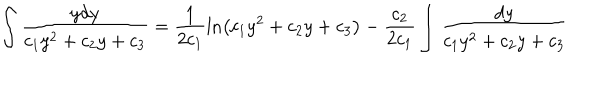
\int \frac { y d y } { c _ { 1 } y ^ { 2 } + c _ { 2 } y + c _ { 3 } } = \frac { 1 } { 2 c _ { 1 } } \ln \bigl ( c _ { 1 } y ^ { 2 } + c _ { 2 } y + c _ { 3 } \bigr ) - \frac { c _ { 2 } } { 2 c _ { 1 } } \int \frac { d y } { c _ { 1 } y ^ { 2 } + c _ { 2 } y + c _ { 3 } }